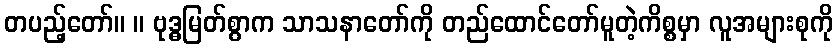
တပည့်တော်။ ။ ဗုဒ္ဓမြတ်စွာက သာသနာတော်ကို တည်ထောင်တော်မူတဲ့ကိစ္စမှာ လူအများစုကို